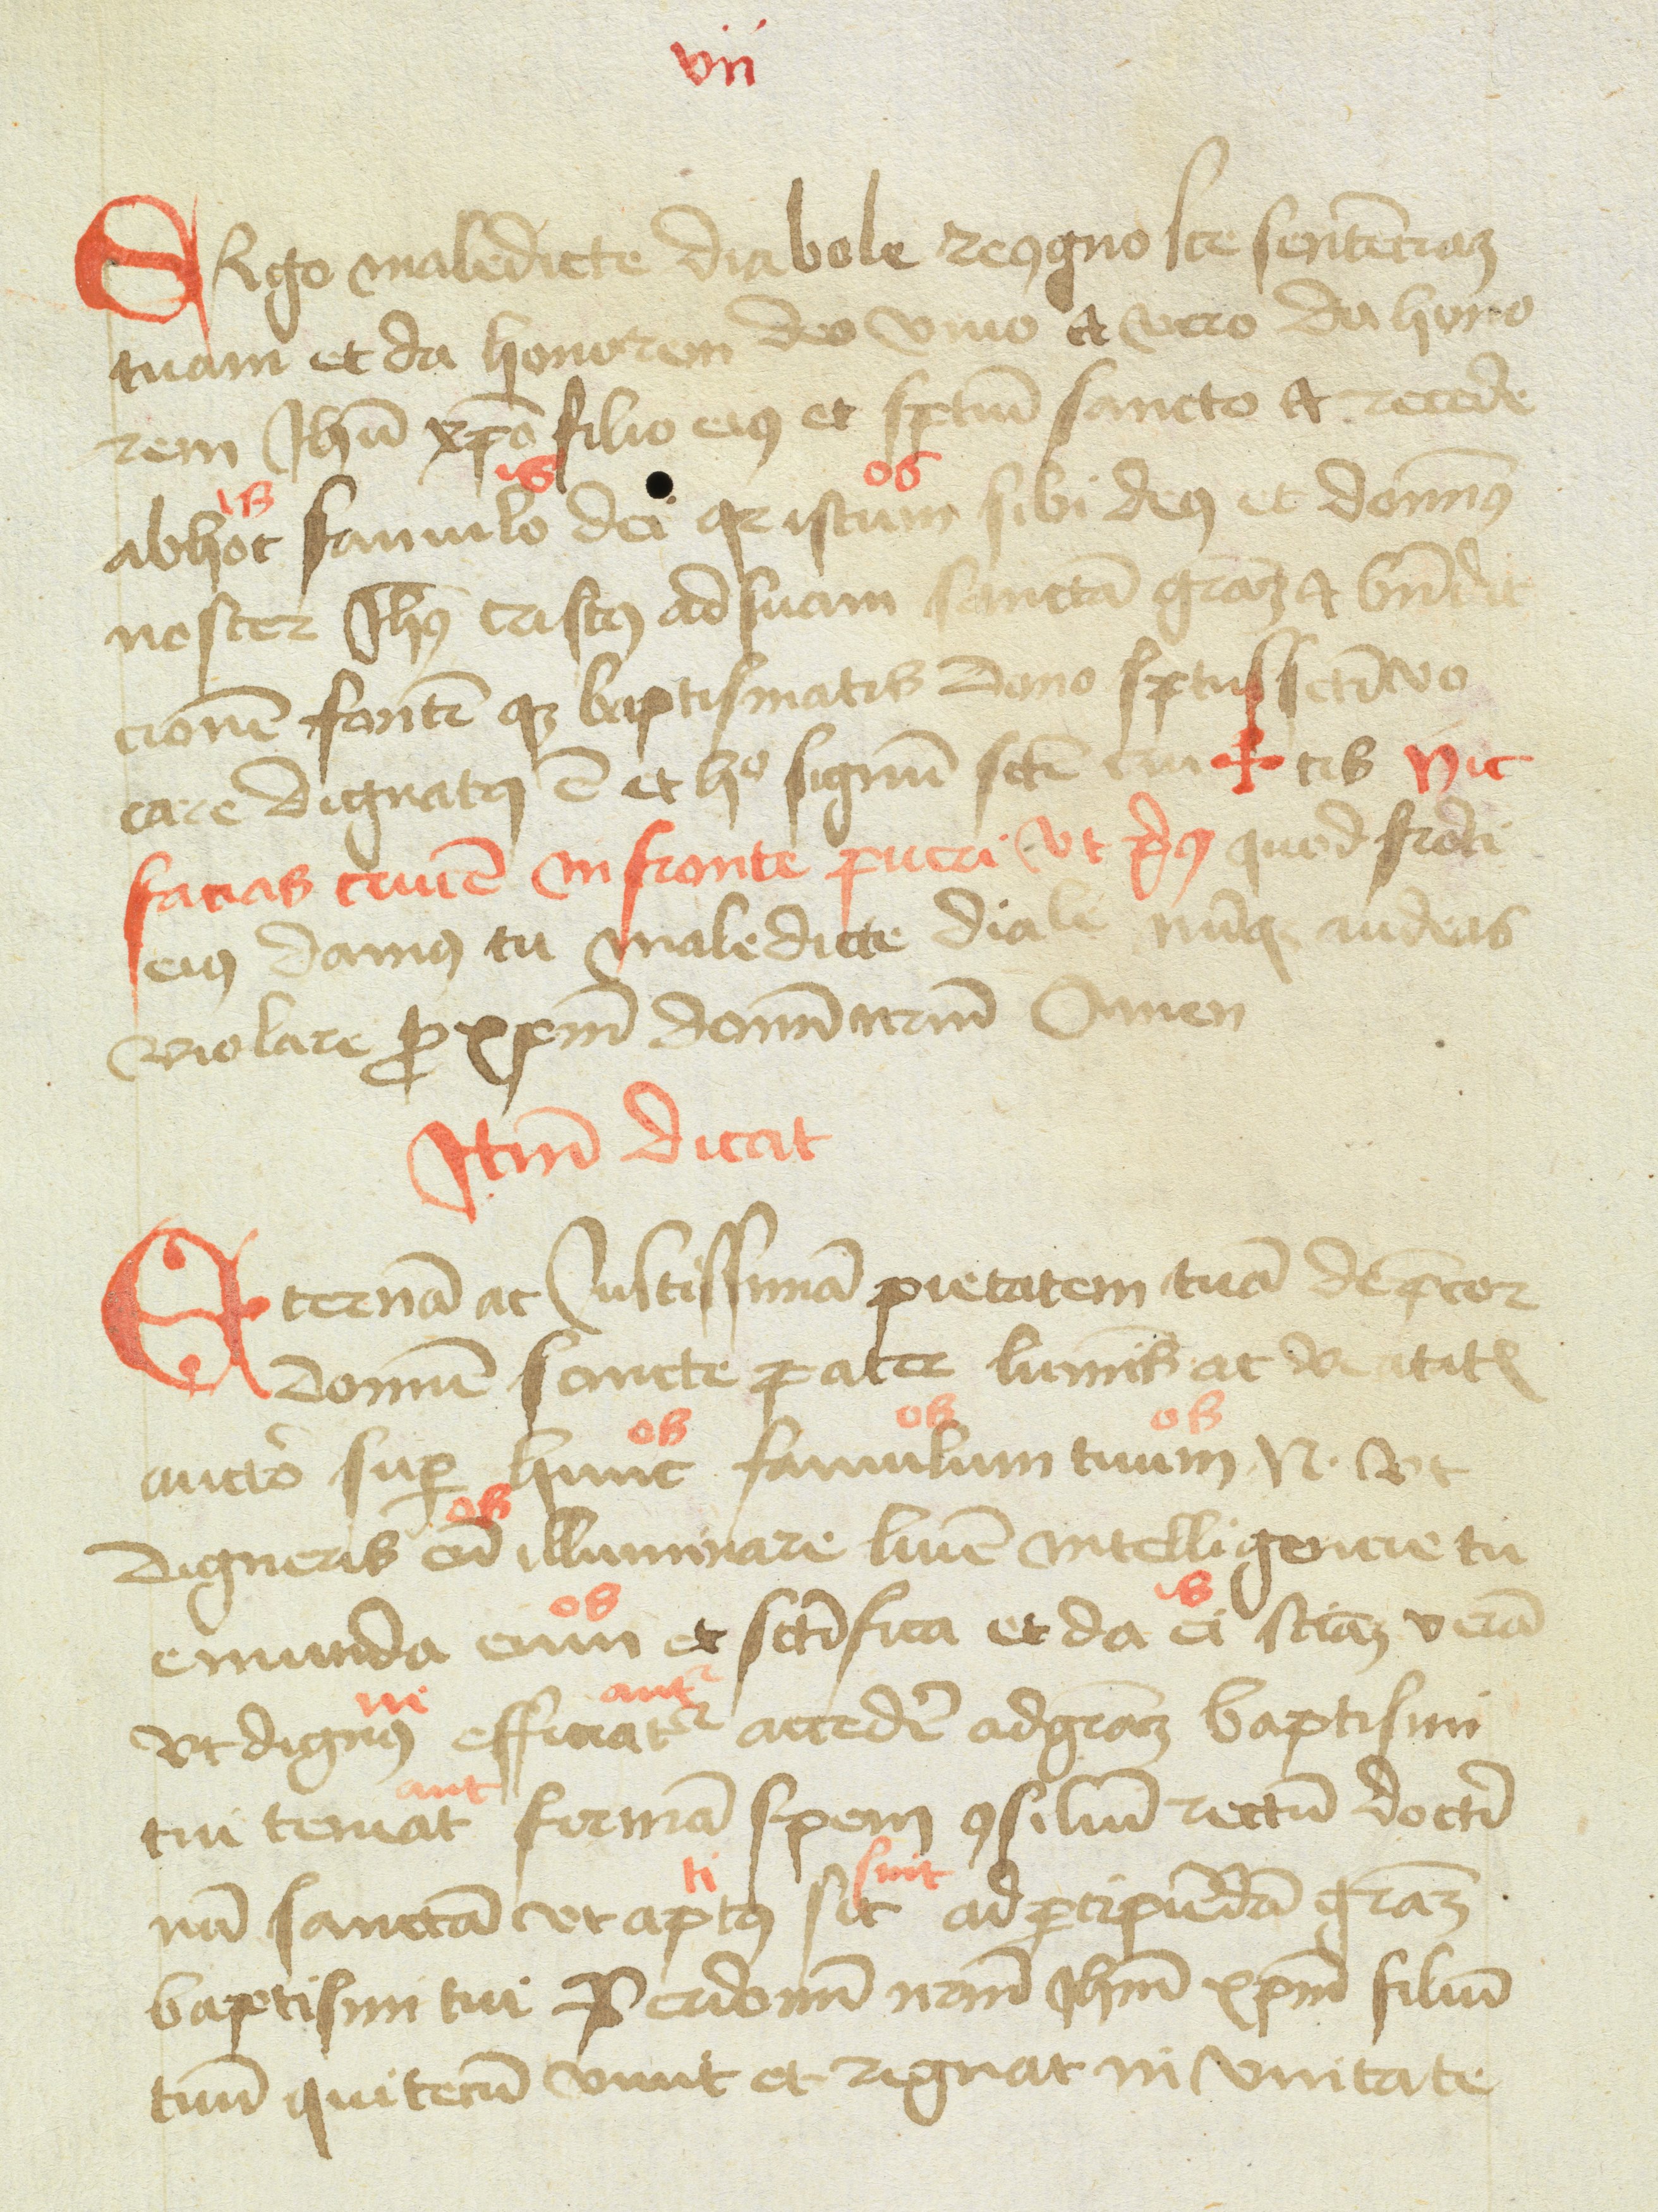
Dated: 1477–1487